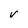
Character: V